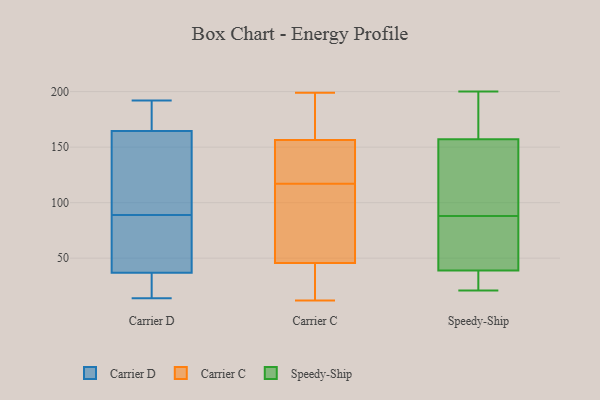
{"axis": {"x": "Backlog", "y": "Value"}, "legend": ["Carrier C", "Carrier D", "Speedy-Ship"], "data": [{"x": "", "y": 180, "type": "Carrier D"}, {"x": "", "y": 172, "type": "Carrier D"}, {"x": "", "y": 39, "type": "Carrier D"}, {"x": "", "y": 34, "type": "Carrier D"}, {"x": "", "y": 192, "type": "Carrier D"}, {"x": "", "y": 82, "type": "Carrier D"}, {"x": "", "y": 89, "type": "Carrier D"}, {"x": "", "y": 156, "type": "Carrier D"}, {"x": "", "y": 14, "type": "Carrier D"}, {"x": "", "y": 162, "type": "Carrier D"}, {"x": "", "y": 38, "type": "Carrier D"}, {"x": "", "y": 21, "type": "Carrier D"}, {"x": "", "y": 97, "type": "Carrier D"}, {"x": "", "y": 142, "type": "Carrier C"}, {"x": "", "y": 46, "type": "Carrier C"}, {"x": "", "y": 17, "type": "Carrier C"}, {"x": "", "y": 156, "type": "Carrier C"}, {"x": "", "y": 117, "type": "Carrier C"}, {"x": "", "y": 13, "type": "Carrier C"}, {"x": "", "y": 66, "type": "Carrier C"}, {"x": "", "y": 199, "type": "Carrier C"}, {"x": "", "y": 195, "type": "Carrier C"}, {"x": "", "y": 158, "type": "Carrier C"}, {"x": "", "y": 195, "type": "Carrier C"}, {"x": "", "y": 118, "type": "Carrier C"}, {"x": "", "y": 12, "type": "Carrier C"}, {"x": "", "y": 66, "type": "Carrier C"}, {"x": "", "y": 45, "type": "Carrier C"}, {"x": "", "y": 107, "type": "Carrier C"}, {"x": "", "y": 150, "type": "Carrier C"}, {"x": "", "y": 137, "type": "Speedy-Ship"}, {"x": "", "y": 159, "type": "Speedy-Ship"}, {"x": "", "y": 200, "type": "Speedy-Ship"}, {"x": "", "y": 116, "type": "Speedy-Ship"}, {"x": "", "y": 38, "type": "Speedy-Ship"}, {"x": "", "y": 59, "type": "Speedy-Ship"}, {"x": "", "y": 174, "type": "Speedy-Ship"}, {"x": "", "y": 53, "type": "Speedy-Ship"}, {"x": "", "y": 65, "type": "Speedy-Ship"}, {"x": "", "y": 24, "type": "Speedy-Ship"}, {"x": "", "y": 179, "type": "Speedy-Ship"}, {"x": "", "y": 89, "type": "Speedy-Ship"}, {"x": "", "y": 155, "type": "Speedy-Ship"}, {"x": "", "y": 87, "type": "Speedy-Ship"}, {"x": "", "y": 166, "type": "Speedy-Ship"}, {"x": "", "y": 28, "type": "Speedy-Ship"}, {"x": "", "y": 40, "type": "Speedy-Ship"}, {"x": "", "y": 21, "type": "Speedy-Ship"}, {"x": "", "y": 134, "type": "Speedy-Ship"}, {"x": "", "y": 31, "type": "Speedy-Ship"}]}